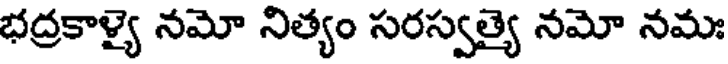
భద్రకాళ్యై నమో నిత్యం సరస్వత్యై నమో నమః